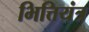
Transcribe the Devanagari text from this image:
भित्तियंत्र